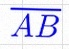
\overline{AB}